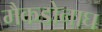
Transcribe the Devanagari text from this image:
मैकडोनाघ